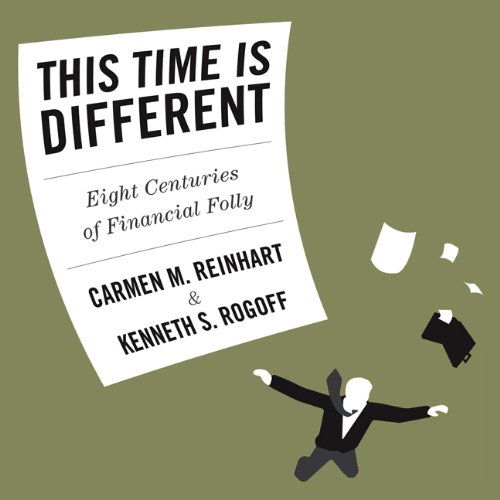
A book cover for This Time is Different: Eight Centuries of Financial Folly (Your Coach in a Box); Carmen Reinhart; Business & Money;